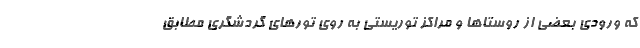
که ورودی بعضی از روستاها و مراکز توریستی به روی تورهای گردشگری مطابق